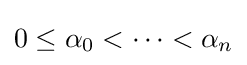
0\leq \alpha _{0}<\dots <\alpha _{n}